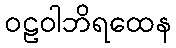
ဝဠဝါဘိရထေန